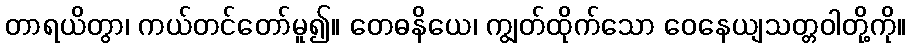
တာရယိတွာ၊ ကယ်တင်တော်မူ၍။ တေဓနိယေ၊ ကျွတ်ထိုက်သော ဝေနေယျသတ္တဝါတို့ကို။